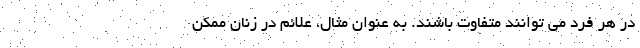
در هر فرد می توانند متفاوت باشند. به عنوان مثال، علائم در زنان ممکن